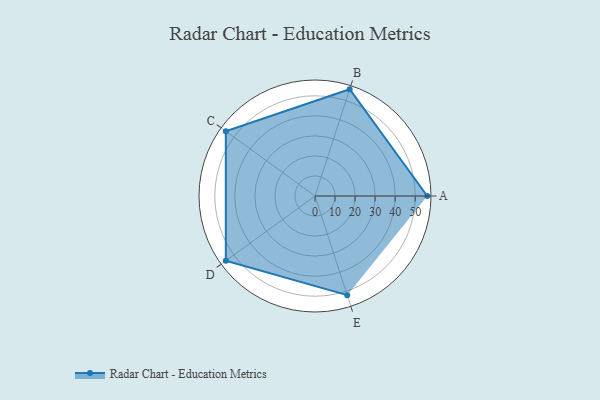
{"axis": {"x": "Skill", "y": "Score"}, "legend": ["Profile"], "data": [{"x": "A", "y": 56.0, "type": "Profile"}, {"x": "B", "y": 56.0, "type": "Profile"}, {"x": "C", "y": 55.0, "type": "Profile"}, {"x": "D", "y": 55.0, "type": "Profile"}, {"x": "E", "y": 52.0, "type": "Profile"}]}